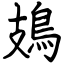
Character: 鳷